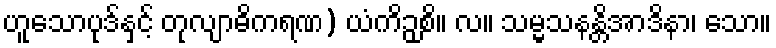
ဟူသောပုဒ်နှင့် တုလျာဓိကရဏ) ယံကိဉှစိ။ လ။ သမ္မသနန္တိအာဒိနာ၊ သော။